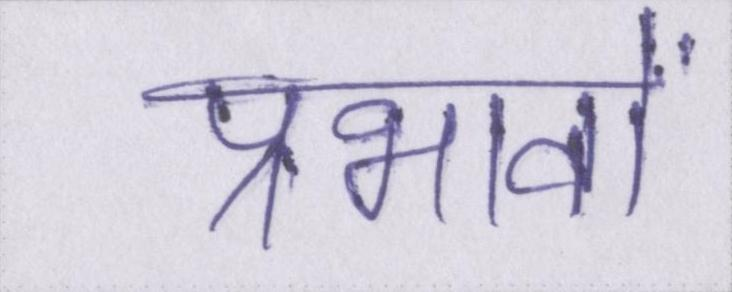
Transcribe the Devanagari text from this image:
प्रभावों